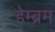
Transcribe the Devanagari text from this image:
हेम्‍ब्रम